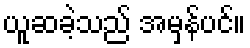
ယူဆခဲ့သည် အမှန်ပင်။